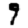
Digit: 9